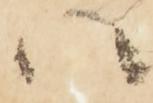
ハ